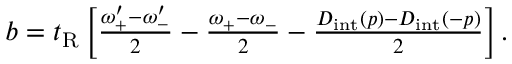
\begin{array} { r } { b = t _ { \mathrm { R } } \left[ \frac { \omega _ { + } ^ { \prime } - \omega _ { - } ^ { \prime } } { 2 } - \frac { \omega _ { + } - \omega _ { - } } { 2 } - \frac { D _ { \mathrm { i n t } } ( p ) - D _ { \mathrm { i n t } } ( - p ) } { 2 } \right] . } \end{array}